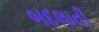
બદલાતી